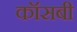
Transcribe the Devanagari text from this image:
कॉसबी